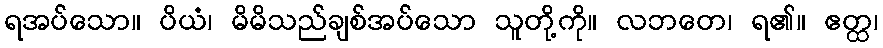
ရအပ်သော။ ပိယံ၊ မိမိသည်ချစ်အပ်သော သူတို့ကို။ လဘတေ၊ ရ၏။ ဧတ္ထ၊